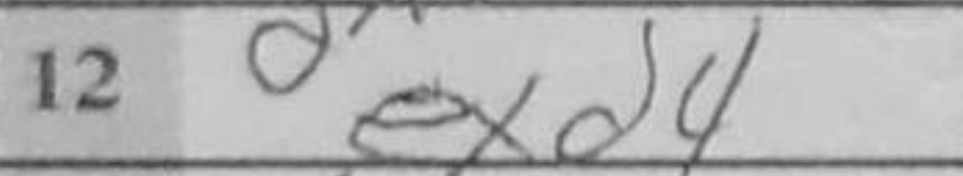
Transcription: exd4